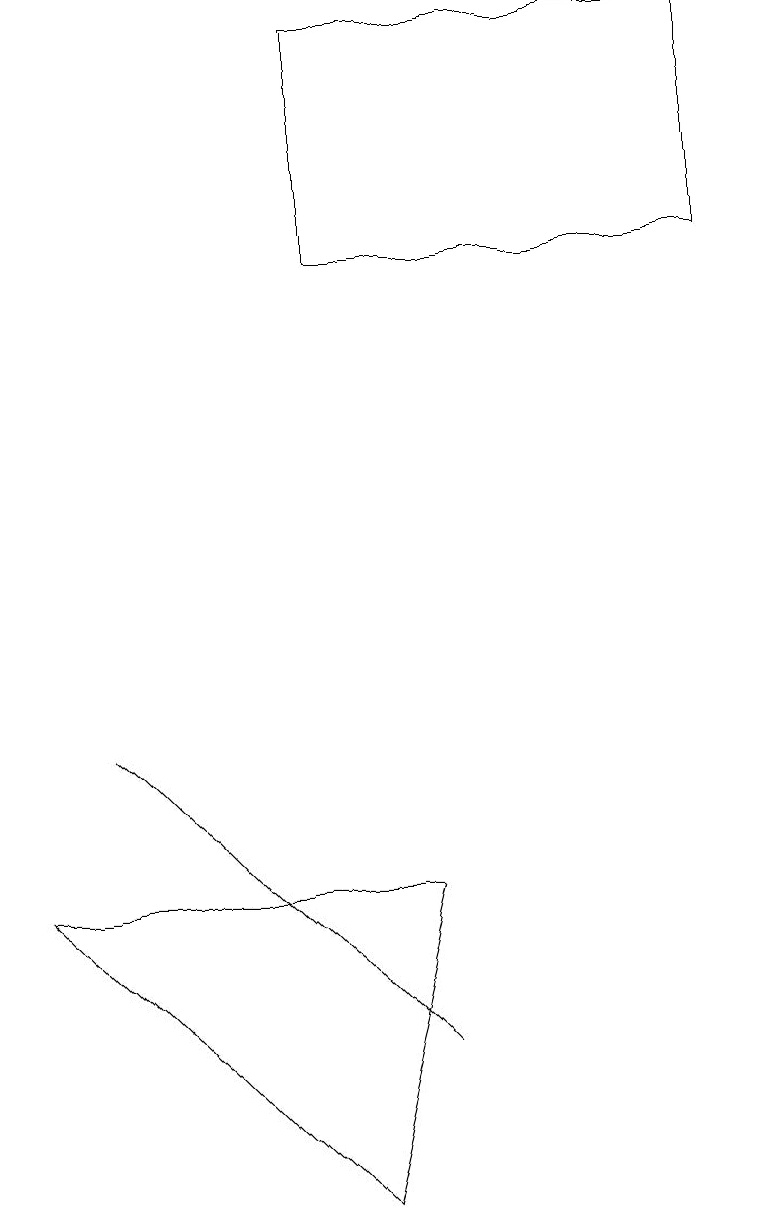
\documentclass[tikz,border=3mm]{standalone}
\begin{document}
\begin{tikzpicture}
\draw (5,5) -- (0,5) -- (4,1) -- cycle;
\draw (1,7) -- (5,3) -- (1,7) -- cycle;
\draw (9,16) rectangle (4,13);
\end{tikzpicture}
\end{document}